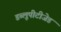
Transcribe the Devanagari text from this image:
डब्लूपीटीजेड